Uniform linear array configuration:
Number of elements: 16
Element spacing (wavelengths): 1
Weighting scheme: exponential
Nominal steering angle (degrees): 45
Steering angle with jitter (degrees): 44.388
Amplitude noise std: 0.05
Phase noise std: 0.05

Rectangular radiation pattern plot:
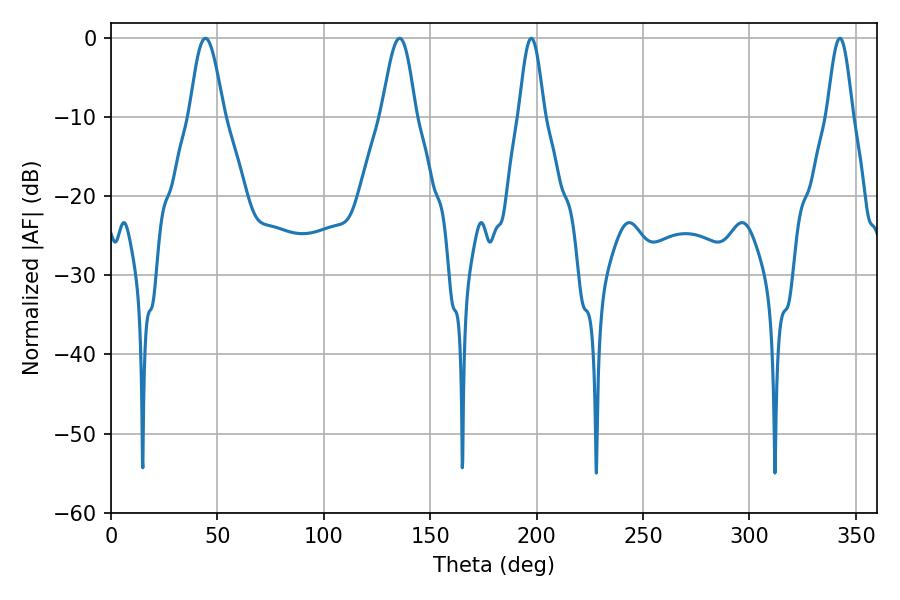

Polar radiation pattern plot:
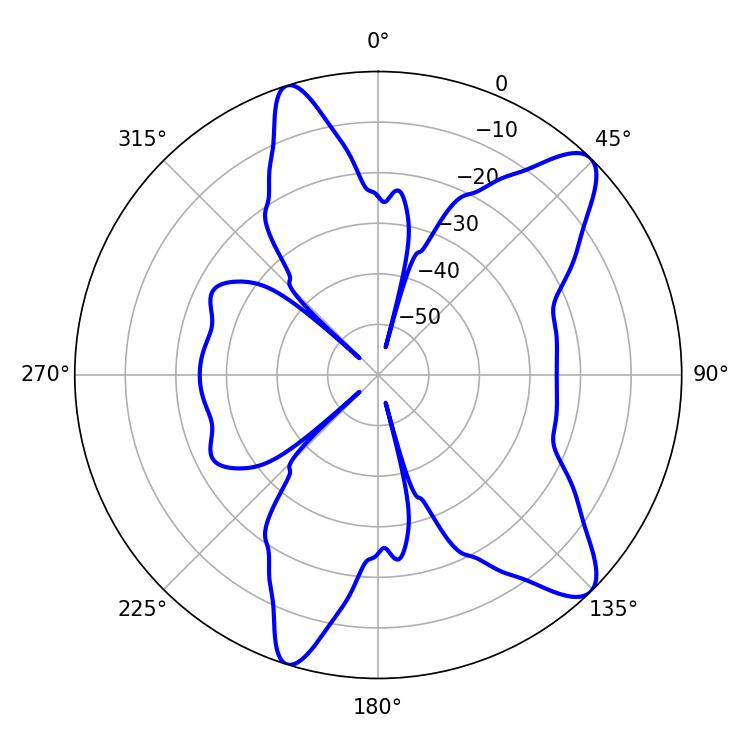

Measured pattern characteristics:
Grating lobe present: TRUE
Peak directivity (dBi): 10.73
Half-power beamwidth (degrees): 6.3
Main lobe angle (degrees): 197.46